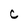
Character: C